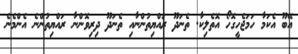
އޭބޫ އެކަމާ ހަމަޖެހީގޮހޯ އޮތެލިކާ. ތެނަދޫ ރައްޔިތުންނާއި ތެނަދޫ ދިރިވޮންނާ ރައްޔިތުންނެ އެންމެނެ